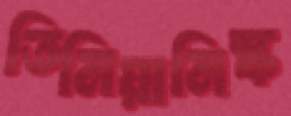
তিমিয়ানিস্ক